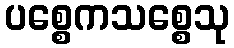
ပစ္စေကသစ္စေသု